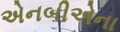
એનબીએના